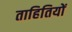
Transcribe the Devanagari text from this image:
ताहितियों